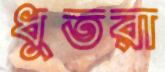
ধুতরা